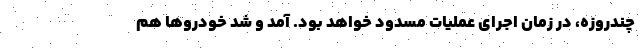
چندروزه، در زمان اجرای عملیات مسدود خواهد بود. آمد و شد خودرو‌ها هم